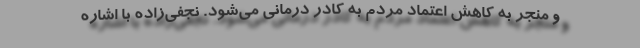
و منجر به کاهش اعتماد مردم به کادر درمانی می‌شود. نجفی‌زاده با اشاره